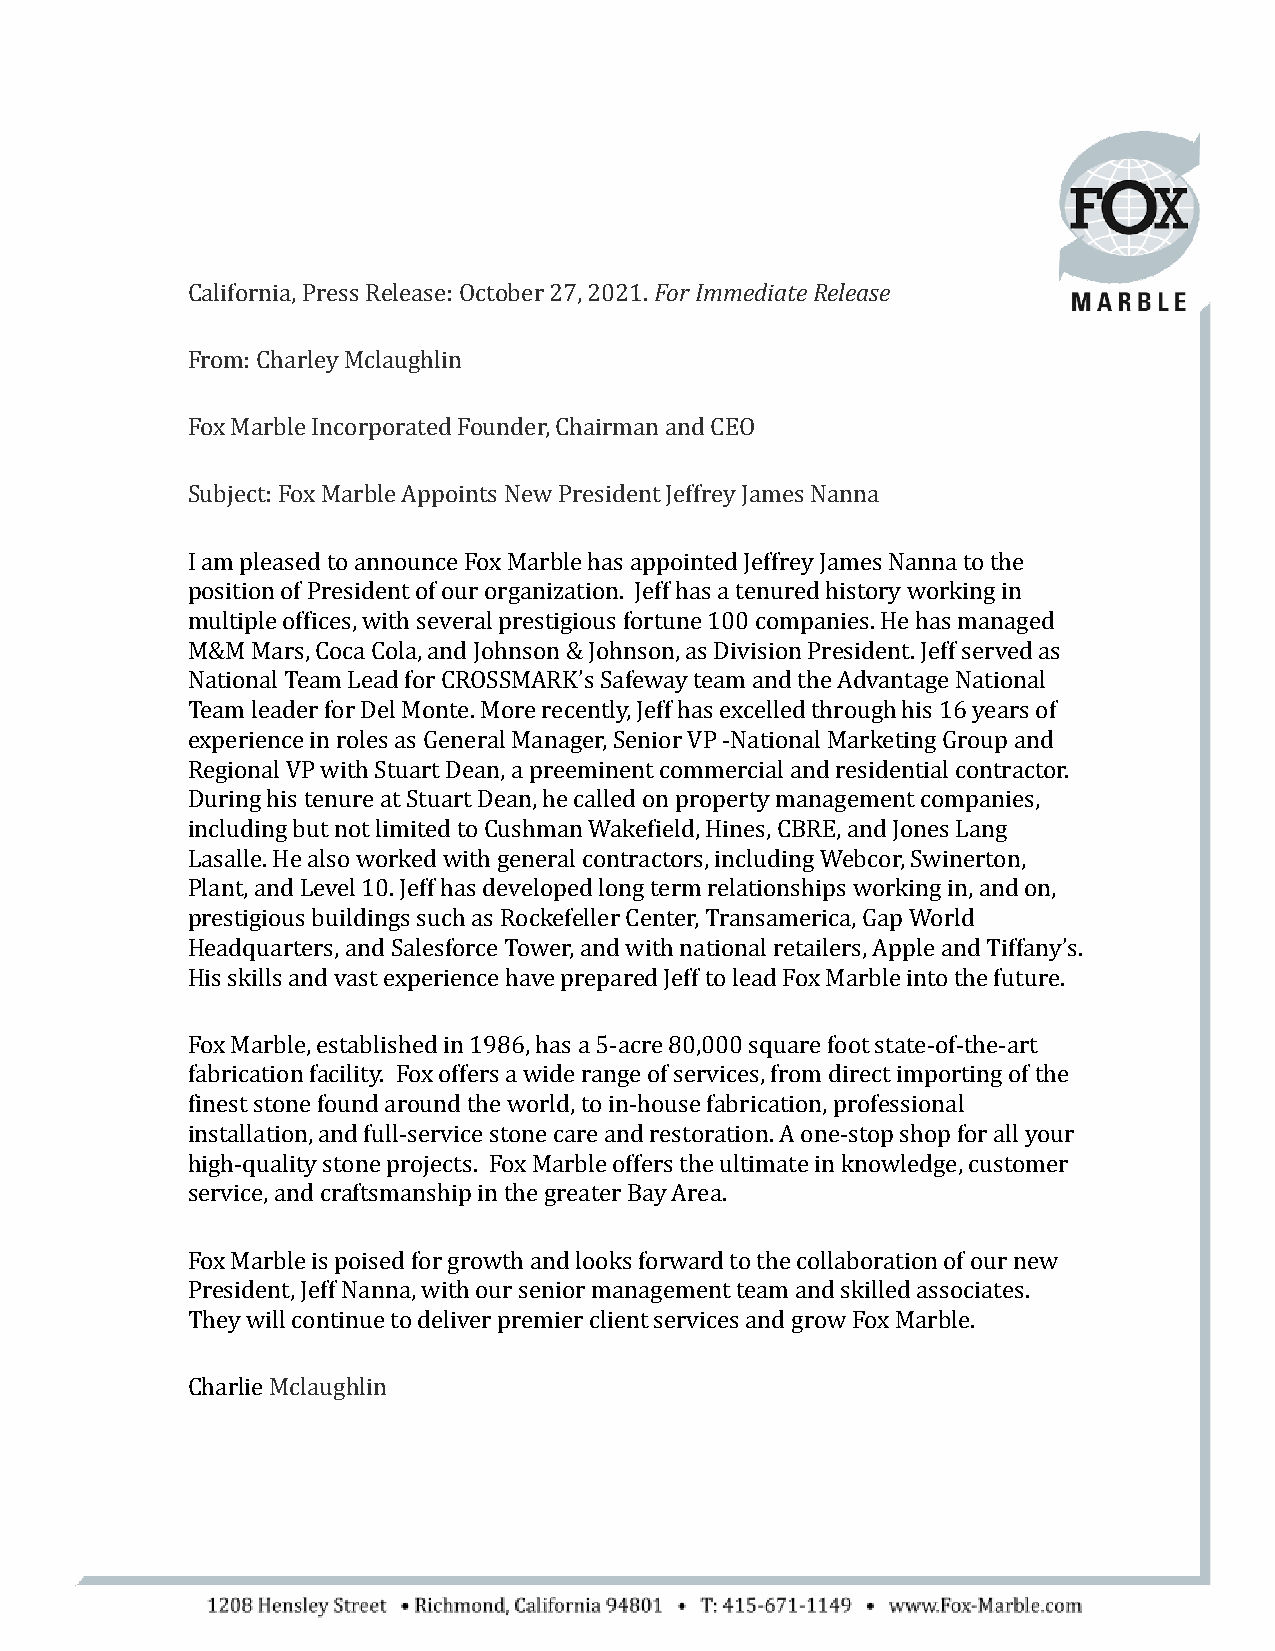
California, Press Release: October 27, 2021. For ImmediateRelease
 From: Charley Mclaughlin
 Fox Marble Incorporated Founder, Chairman and CEO
 Subject: Fox Marble Appoints New President Jeffrey James Nanna
 I am pleased to announce Fox Marble has appointed Jeffrey James Nanna to the
 position of President of our organization. Jeff has a tenured history working in
 multiple offices, with several prestigious fortune 100 companies. He has managed
 M&M  Mars, Coca Cola, and Johnson & Johnson, as Division President. Jeff served as
 National Team Lead for CROSSMARK’s Safeway team and the Advantage National
 Team leader for Del Monte. More recently, Jeff has excelled through his 16 years of
 experience in roles as General Manager, Senior VP -National Marketing Group and
 Regional VP with Stuart Dean, a preeminent commercial and residential contractor.
 During his tenure at Stuart Dean, he called on property management companies,
 including but not limited to Cushman Wakefield, Hines, CBRE, and Jones Lang
 Lasalle. He also worked with general contractors, including Webcor, Swinerton,
 Plant, and Level 10. Jeff has developed long term relationships working in, and on,
 prestigious buildings such as Rockefeller Center, Transamerica, Gap World
 Headquarters, and Salesforce Tower, and with national retailers, Apple and Tiffany’s.
 His skills and vast experience have prepared Jeff to lead Fox Marble into the future.
 Fox Marble, established in 1986, has a 5-acre 80,000 square foot state-of-the-art
 fabrication facility. Fox offers a wide range of services, from direct importing of the
 finest stone found around the world, to in-house fabrication, professional
 installation, and full-service stone care and restoration. A one-stop shop for all your
 high-quality stone projects. Fox Marble offers the ultimate in knowledge, customer
 service, and craftsmanship in the greater Bay Area.
 Fox Marble is poised for growth and looks forward to the collaboration of our new
 President, Jeff Nanna, with our senior management team and skilled associates.
 They will continue to deliver premier client services and grow Fox Marble.
 CharlieMclaughlin